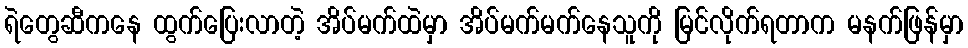
ရဲတွေဆီကနေ ထွက်ပြေးလာတဲ့ အိပ်မက်ထဲမှာ အိပ်မက်မက်နေသူကို မြင်လိုက်ရတာက မနက်ဖြန်မှာ